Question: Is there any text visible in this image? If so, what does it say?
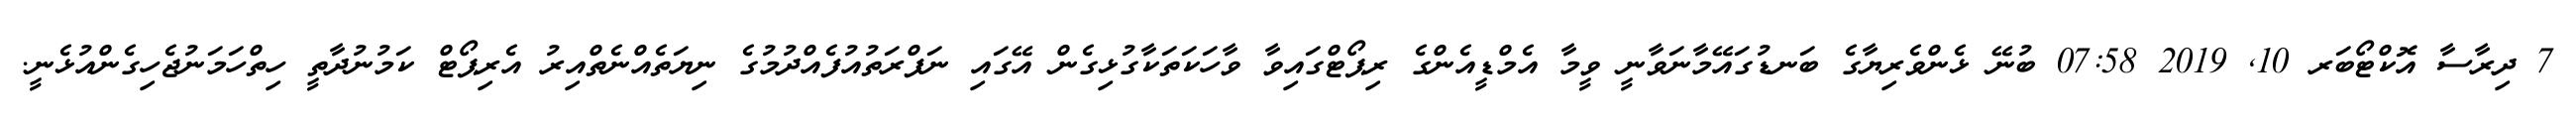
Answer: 7 ދިރާސާ އޮކްޓޯބަރ 10, 2019 07:58 ބުނޭ ޅެންވެރިޔާގެ ބަނޑުގައޭމާނަވާނީ ވީމާ އެމްޑީއެންގެ ރިޕޯޓްގައިވާ ވާހަކަތަކާގުޅިގެން އޭގައި ނަފްރަތުއުފެއްދުމުގެ ނިޔަތެއްނެތްއިރު އެރިޕޯޓް ކަމުނުދާތީ ހިތްހަމަނުޖެހިގެންއުޅެނީ.